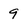
Character: 9